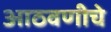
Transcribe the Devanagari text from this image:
आठवणीचे